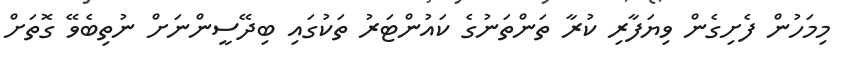
މިމަހުން ފެށިގެން ވިޔަފާރި ކުރާ ތަންތަނުގެ ކައުންޓަރު ތަކުގައި ބިދޭސީންނަށް ނުތިބެވޭ ގޮތަށް